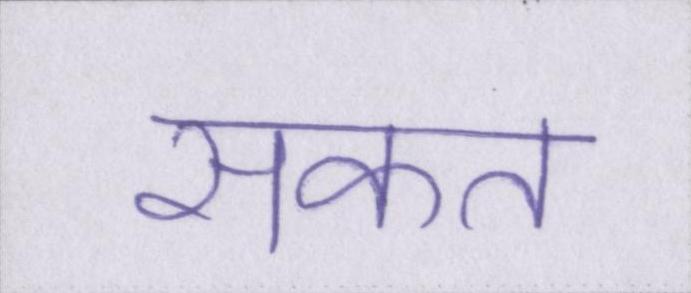
सकत